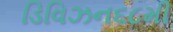
ડિવિઝન૬૮મી